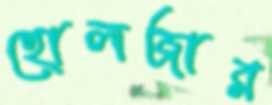
হোলজার